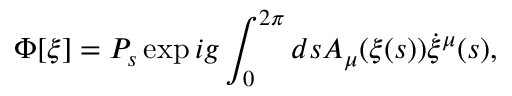
\Phi [ \xi ] = P _ { s } \exp i g \int _ { 0 } ^ { 2 \pi } d s A _ { \mu } ( \xi ( s ) ) \dot { \xi } ^ { \mu } ( s ) ,